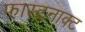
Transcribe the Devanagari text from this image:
फास्टनाक्ट